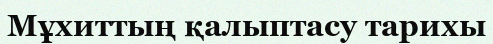
Мұхиттың қалыптасу тарихы